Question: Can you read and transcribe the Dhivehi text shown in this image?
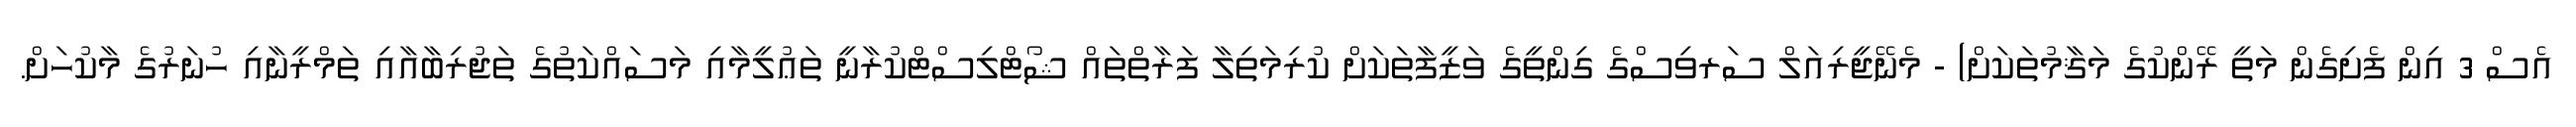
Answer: އެސް 3 އިން ފެށިގެން މަތީ ރޭންކުގެ މަޤާމުތަކަށް) - މެނޭޖީރިއަލް ސަރވިސްގެ ގިންތީގެ ވަޒީފާތަކަށް ކުރިމަތިލާ ފަރާތްތައް ޝޯޓްލިސްޓްކުރާނީ ތަޢުލީމާއި މަސައްކަތުގެ ތަޖުރިބާއާއި ތަމްރީނާއި ހުނަރުގެ މާކުހަށް.